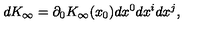
d K _ { \infty } = \partial _ { 0 } K _ { \infty } ( x _ { 0 } ) d x ^ { 0 } d x ^ { i } d x ^ { j } ,